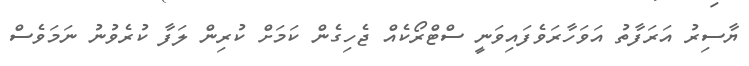
ޔާސިރު އަރަފާތު އަވަހާރަވެފައިވަނީ ސްޓްރޯކެއް ޖެހިގެން ކަމަށް ކުރިން ލަފާ ކުރެވުނު ނަމަވެސް